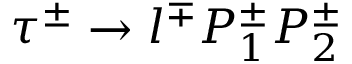
\tau ^ { \pm } \to l ^ { \mp } P _ { 1 } ^ { \pm } P _ { 2 } ^ { \pm }